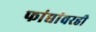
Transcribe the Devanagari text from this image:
फांद्यांवरही